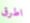
اطرق